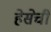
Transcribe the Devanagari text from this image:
हेसेची